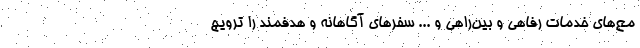
مع‌های خدمات رفاهی و بین‌راهی و ... سفرهای آگاهانه و هدفمند را ترویج